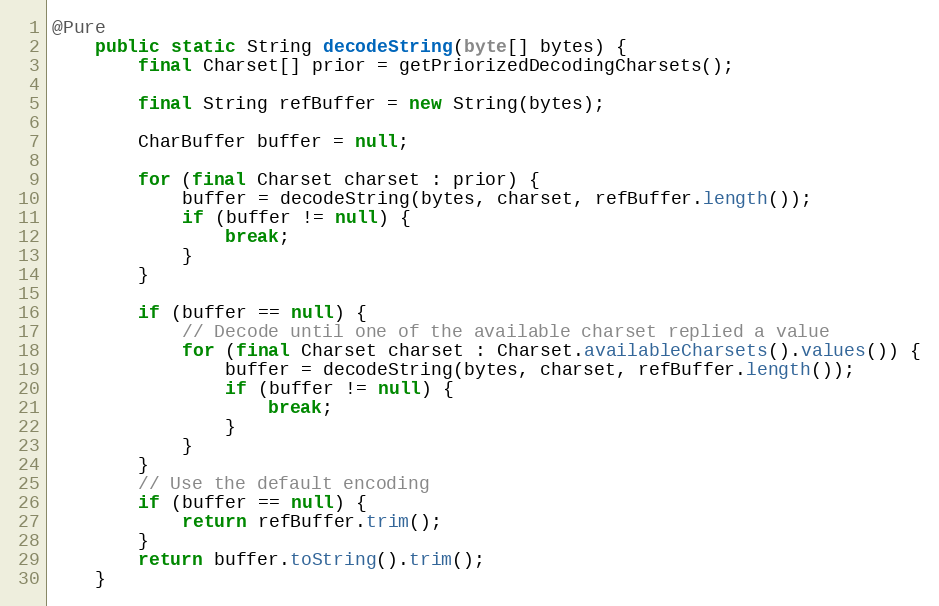
Language: Java
@Pure
	public static String decodeString(byte[] bytes) {
		final Charset[] prior = getPriorizedDecodingCharsets();

		final String refBuffer = new String(bytes);

		CharBuffer buffer = null;

		for (final Charset charset : prior) {
			buffer = decodeString(bytes, charset, refBuffer.length());
			if (buffer != null) {
				break;
			}
		}

		if (buffer == null) {
			// Decode until one of the available charset replied a value
			for (final Charset charset : Charset.availableCharsets().values()) {
				buffer = decodeString(bytes, charset, refBuffer.length());
				if (buffer != null) {
					break;
				}
			}
		}
		// Use the default encoding
		if (buffer == null) {
			return refBuffer.trim();
		}
		return buffer.toString().trim();
	}